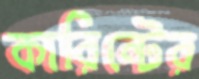
কারিন্টের